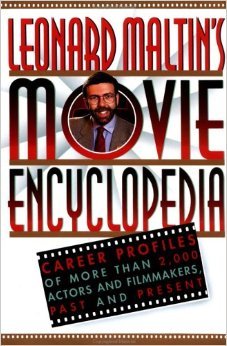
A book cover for Leonard Maltin's Movie Encyclopedia: Career Profiles of More Than 2000 Stars and Filmmakers, Past and Present; Leonard Maltin; Humor & Entertainment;